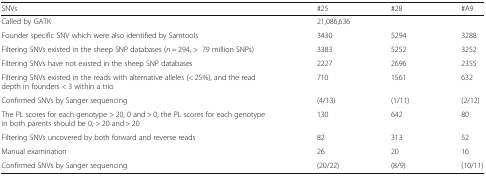
<table><thead><tr><td><b>SNVs</b></td><td><b>#25</b></td><td><b>#28</b></td><td><b>#A9</b></td></tr></thead><tbody><tr><td>Called by GATK</td><td colspan="3">21,086,636</td></tr><tr><td>Founder specific SNV which were also identified by Samtools</td><td>3430</td><td>5294</td><td>3288</td></tr><tr><td>Filtering SNVs existed in the sheep SNP databases (<i>n</i> = 294, &gt;79 million SNPs)</td><td>3383</td><td>5252</td><td>3252</td></tr><tr><td>Filtering SNVs have not existed in the sheep SNP databases</td><td>2227</td><td>2696</td><td>2355</td></tr><tr><td>Filtering SNVs existed in the reads with alternative alleles (&lt; 25%), and the read depth in founders &lt; 3 within a trio</td><td>710</td><td>1561</td><td>632</td></tr><tr><td>Confirmed SNVs by Sanger sequencing</td><td>(4/13)</td><td>(1/11)</td><td>(2/12)</td></tr><tr><td>The PL scores for each genotype &gt; 20, 0 and &gt; 0, the PL scores for each genotype in both parents should be 0, &gt; 20 and &gt; 20</td><td>130</td><td>642</td><td>80</td></tr><tr><td>Filtering SNVs uncovered by both forward and reverse reads</td><td>82</td><td>313</td><td>52</td></tr><tr><td>Manual examination</td><td>26</td><td>20</td><td>16</td></tr><tr><td>Confirmed SNVs by Sanger sequencing</td><td>(20/22)</td><td>(8/9)</td><td>(10/11)</td></tr></tbody></table>